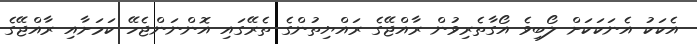
އެކަކު އެނަކަކަށް ލޯބިވެ އޯގާތެރިވުން ރާއްޖޭގެ ރައްޔިތުންގެ ތެރޭގައި އޮންނަންޖެހޭ ކަމަށާއި ރާއްޖޭގެ